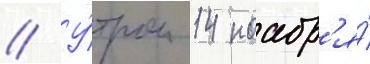
// У́тром 14 ноабр'я́